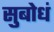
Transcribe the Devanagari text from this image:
सुबोधं